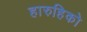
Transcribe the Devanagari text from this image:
हारुहिको